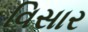
વિસાર